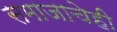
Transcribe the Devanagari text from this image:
समाजाचेही